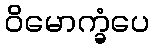
ဝိမောက္ခံပေ